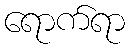
ရောက်ရာ